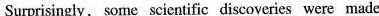
Surprisingly，some scientific discoveries were made